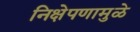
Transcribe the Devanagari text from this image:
निक्षेपणामुळे